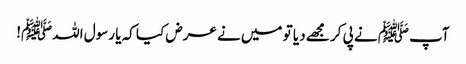
آپﷺ نے پی کر مجھے دیا تو میں نے عرض کیا کہ یا رسول اللہﷺ!